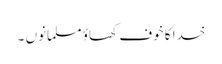
خدا کا خوف کھاؤ مسلمانوں ۔